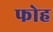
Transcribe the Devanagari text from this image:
फोह